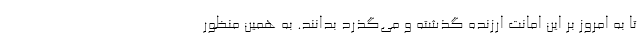
تا به امروز بر این امانت ارزنده گذشته و می‌گذرد بدانند. به همین منظور